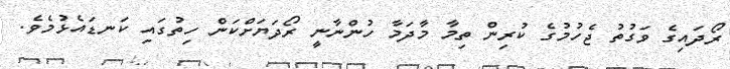
ރޯދައިގެ ވަގުތު ޖެހުމުގެ ކުރިން ތިމާ މާދަމާ ހުންނާނީ ރޯދަޔަށްކަން ހިތުގައި ކަނޑައެޅުމެވެ.